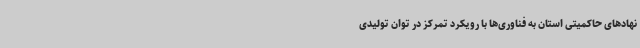
نهادهای حاکمیتی استان به فناوری‌ها با رویکرد تمرکز در توان تولیدی